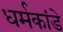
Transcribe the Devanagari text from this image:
धर्मकांडे